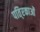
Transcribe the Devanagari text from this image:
पति्रकाओं